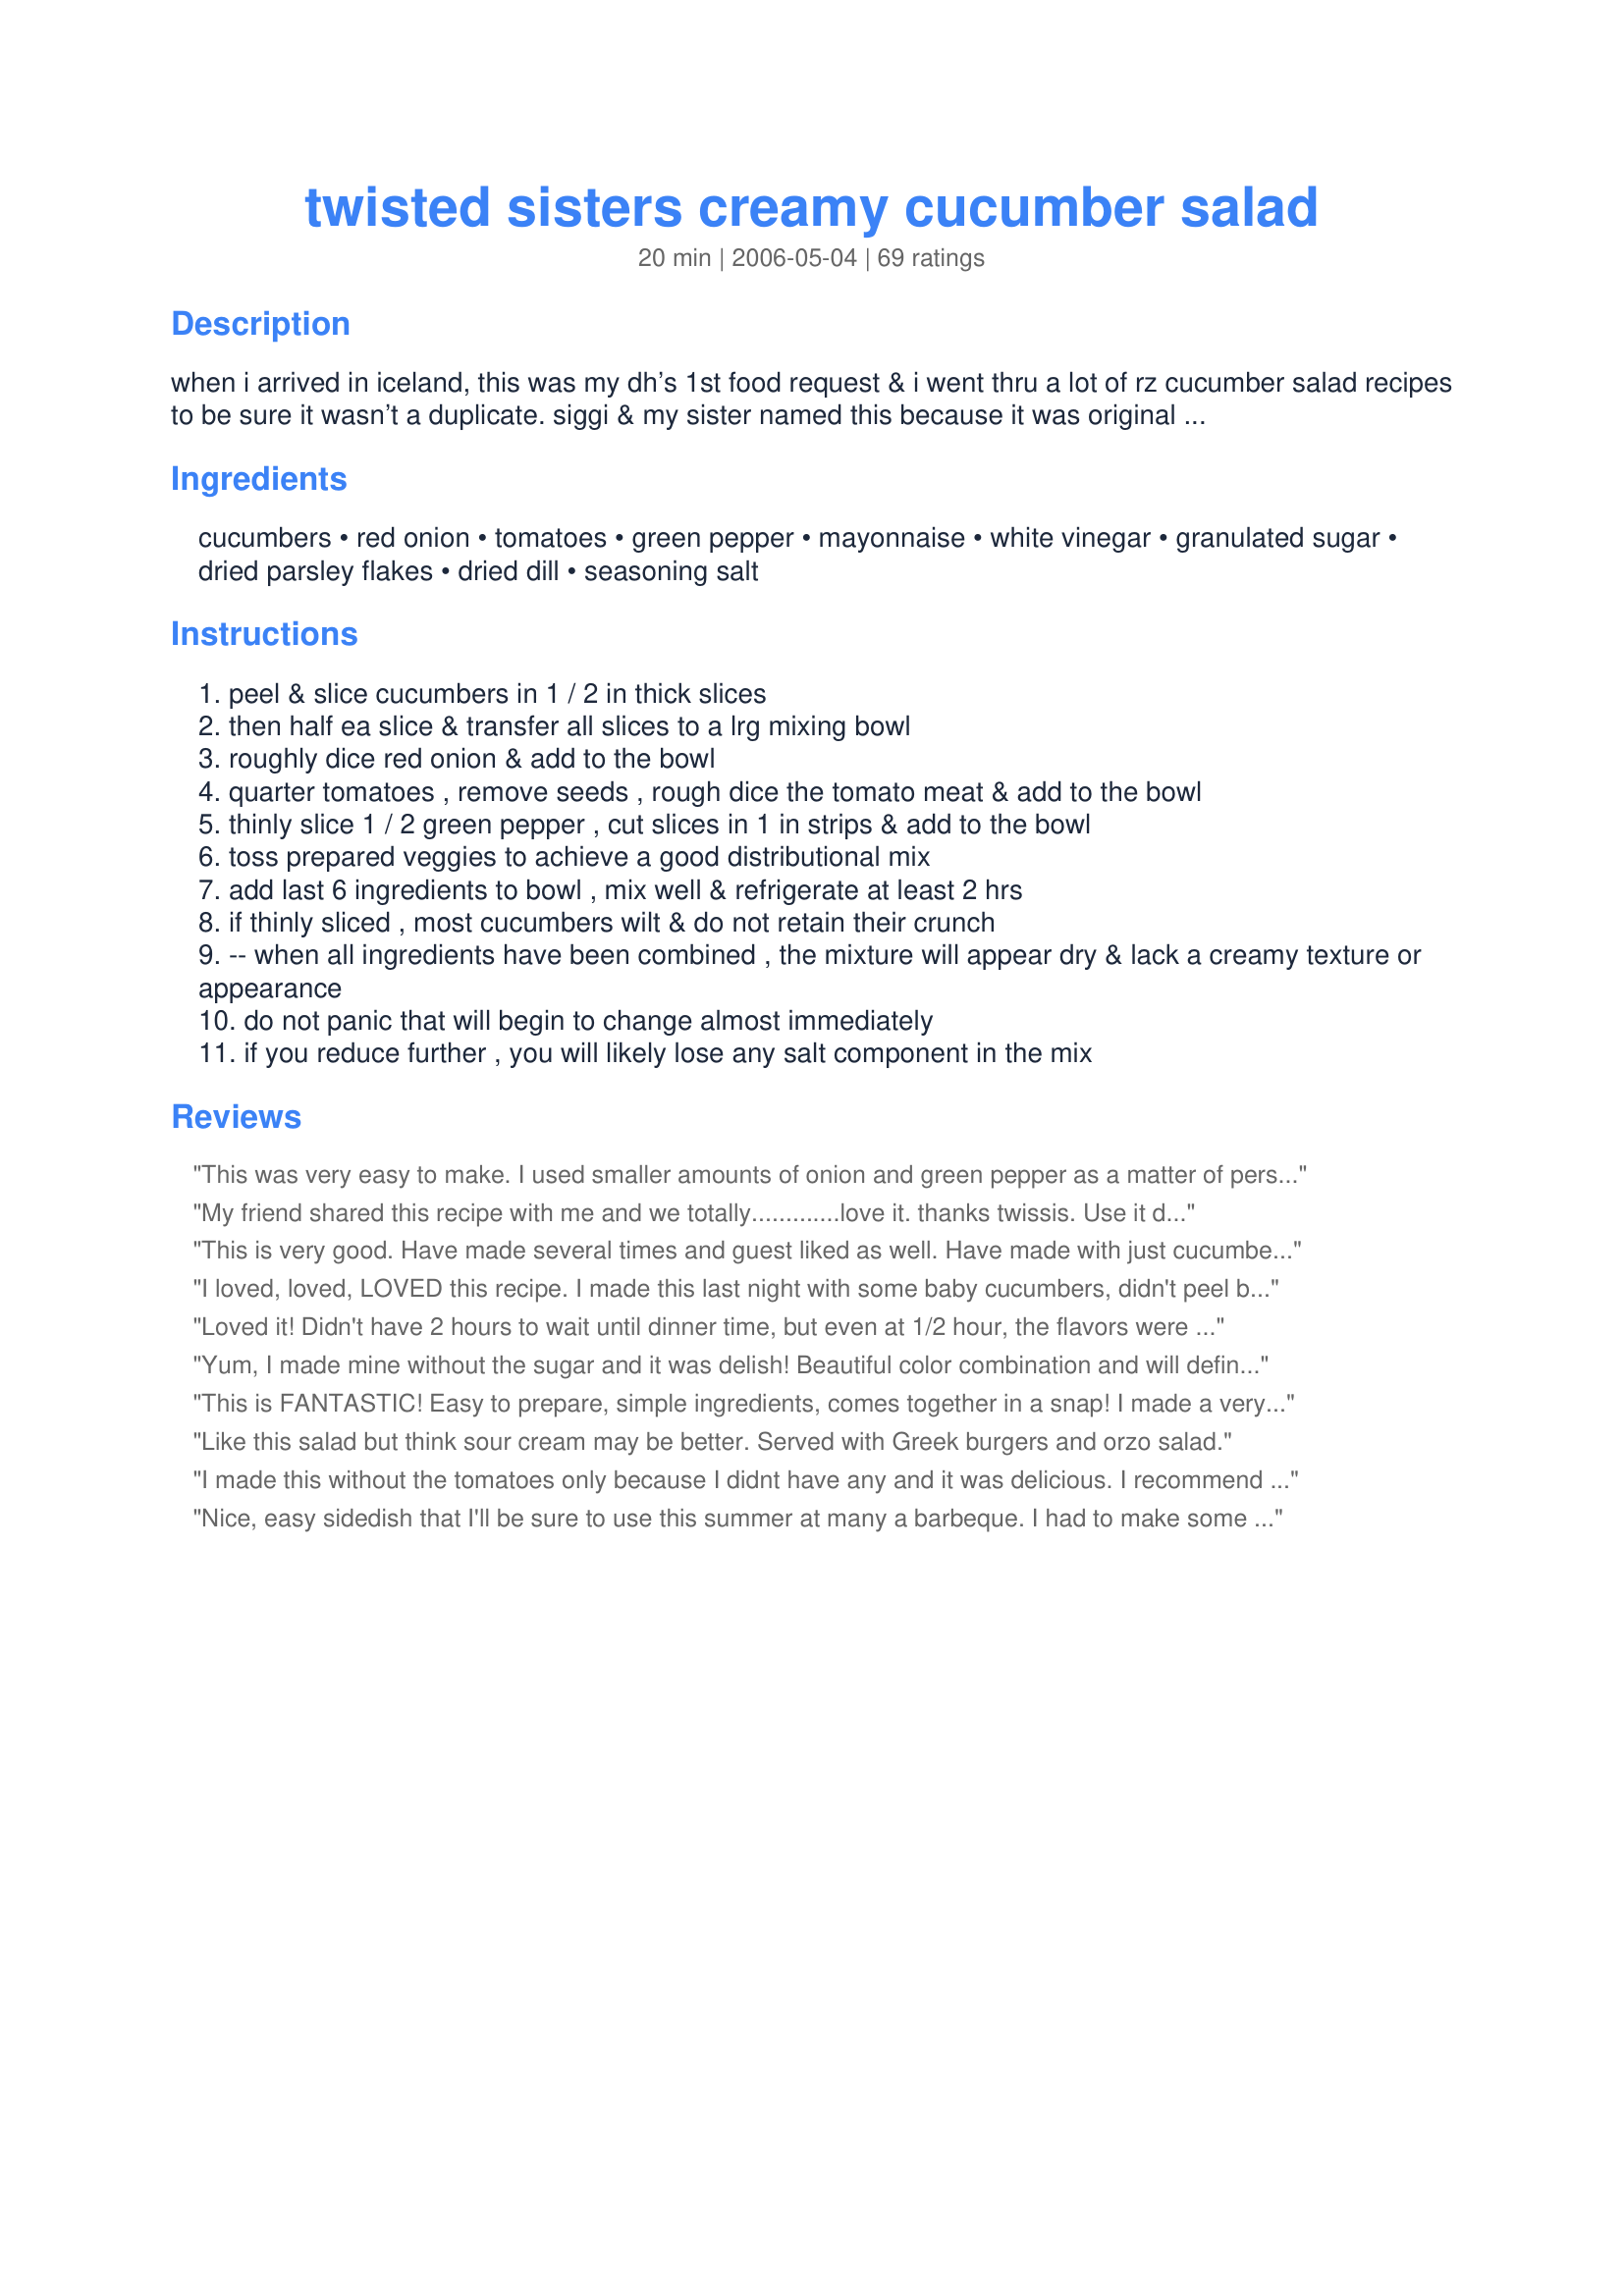
twisted sisters creamy cucumber salad
Preparation time: 20 minutes

when i arrived in iceland, this was my dh’s 1st food request & i went thru a lot of rz cucumber salad recipes to be sure it wasn’t a duplicate. siggi & my sister named this because it was original w/me & because of my twissis internet identity. for best results, don’t make this a dy ahead, but do allow at least 2 hrs for the flavors to blend & the “cream” to develop from the finished ingredient mix. i promise you’ll like this. (stated time does not include refrigeration time)

Ingredients:
cucumbers, red onion, tomatoes, green pepper, mayonnaise, white vinegar, granulated sugar, dried parsley flakes, dried dill, seasoning salt

Steps:
peel & slice cucumbers in 1 / 2 in thick slices
then half ea slice & transfer all slices to a lrg mixing bowl
roughly dice red onion & add to the bowl
quarter tomatoes , remove seeds , rough dice the tomato meat & add to the bowl
thinly slice 1 / 2 green pepper , cut slices in 1 in strips & add to the bowl
toss prepared veggies to achieve a good distributional mix
add last 6 ingredients to bowl , mix well & refrigerate at least 2 hrs
if thinly sliced , most cucumbers wilt & do not retain their crunch
-- when all ingredients have been combined , the mixture will appear dry & lack a creamy texture or appearance
do not panic that will begin to change almost immediately
if you reduce further , you will likely lose any salt component in the mix

Reviews:
This was very easy to make. I used smaller amounts of onion and green pepper as a matter of personal preference, and only half the amount of dill called for but still found it to be a little too "dilly" for my taste, so next time I will probably leave out the onion and dill altogether, and I may try this will apple cider vinegar instead of white. I agree that the salt is important, and added a little bit of celery salt in addition to my seasoning salt. Thanks!
My friend shared this recipe with me and we totally.............love it. thanks twissis. Use it during the summer for sure.
This is very good. Have made several times and guest liked as well. Have made with just cucumbers and still very tasteful. Very versatile recipe with many options-all with a super chance of being good in the end. Highly recommend.
I loved, loved, LOVED this recipe. I made this last night with some baby cucumbers, didn't peel before slicing. This is such a wonderful salad. I plan on making this again and again when our cukes are in season. Thank you so much for sharing this awesome recipe with us.
Loved it! Didn't have 2 hours to wait until dinner time, but even at 1/2 hour, the flavors were great! Thanks for posting!
Yum, I made mine without the sugar and it was delish! Beautiful color combination and will definetly make again. Thanks for the easy and refreshing summer recipe!
This is FANTASTIC! Easy to prepare, simple ingredients, comes together in a snap! I made a very small batch just to see if everyone would like it...they did. This time I added a fresh beet I pulled out of my garden this morning. Turned it a light pink, but didn't mess with the flavor much. This got a two thumbs up from DH...LOL. Thanks for sharing!
Like this salad but think sour cream may be better. Served with Greek burgers and orzo salad.
I made this without the tomatoes only because I didnt have any and it was delicious. I recommend this to those who dont want something heavy. Very good.
Nice, easy sidedish that I'll be sure to use this summer at many a barbeque. I had to make some changes though, simply due to produce that went bad before I could put together the salad: no tomato or green peppers. DH really enjoyed it and pretty much ate the entire recipe himself. Thanks for a husband pleaser Twissis!
I would also make it again without the sugar. It reminded me of a creamy gazpacho. I used fresh chopped celery leaves instead of the dried parsley flakes which I didn't have.
Yummy!I halved the recipe and used about 1 1/2 tsp. salt. I ran out of mayo so used a little Miracle Whip. Thanks!
A delightfully different way to enjoy cucumber salad. Particularly in the summer time using home grown or farmers market fresh veggies. I made a half recipe. It was bursting with flavor from the different veggies and the sauce that had a bit of a "kick". A winner.
I used fresh peppers and tomatoes from the garden. I didn't have a red onion so I substituted a sweet onion and it turned out great. DD kept picking the cucumber chunks out, so next time I may use three. This is a great summer salad that the entire family enjoyed!
Excellent salad! I served it with roasted cauliflower and pork chops - great meal. We loved the dressing and will have this again. Thanks, Carole in Orlando
This is our go-to salad recipe when we have forgotten about a party or office function or those "last minute" dinner guests! The whole family loves this recipe and it is SO EASY! You have to use really good, fresh tomatoes and cucumbers but during season, I make this all the time, sometimes just adding veggies as the salad bowl starts to run low. I usually only use a couple of tablespoons of Mayo with all the other ingredients staying the same. It just makes a "creamy" sauce within an hour! Thanks twissis for a yummy, yummy salad!!
recently I had a function to attend, took along this salad it was a hit. I had to give the recipe to everyone.
I made this using only cucumbers and garden tomatoes (personal preference). To the sauce, I also added black pepper and fresh dried celery flakes. I really enjoyed the creaminess and sweetness from this salad. Thanks for sharing the recipe. :)
Yummy Yummy! Made as directed and really enjoyed the fresh flavor of this salad. The 'sauce' thickened very nicely the longer that it marinated. Thanks for a great new favorite twissis. Congrats on your Football Week 14 win!
Love this. I make it every year when my cucumbers come in my garden. My family and friends love it too.
I found this recipe last summer, and made it a number of times. We loved it! Now that my tomatoes are getting ripe, I will start making it again with our garden cuc's. It's a fantastic way to use our garden vegetables, and a little different from the everyday cucumber salads. Thanks so much for a "keeper" recipe!
Love this recipe! I use herbs de province in place of the dill, but it's fantastic!
This salad is wonderful! My family and friends loved it! Can't wait to make this in the summer with fresh veggies from the garden! Thanks for sharing this one! Highly recommended!!
Really, really good! I omitted the green pepper and used halved grape tomatoes and light mayo. I did everything else as directed. Will definitely make this again! Thanks!
We wish we could give 4 1/2 Stars, a liitle too salty, next time we wiil cut down on salt.
This was great. I made exactly as stated except I didn't have any green pepper. I was getting tired of cucumbers in vinegar or in Miracle Whip, so this was a refreshing change. We all loved it. I didn't know if I would like the dill, but it really added a lot. Thanks so much for sharing.
I'm glad i tried this one and it will be a new favorite. i didn't have tomatoes or peppers so i tried carrots, they were alrite in the recipe but imangine it is superb with tomatoes!The seasonings are perfectly balanced!
If I was on a desert island, this would be one of the foods I would have to have. The creamy dressing is perfect, and the red onion adds a nice touch. I say bring on the salt, so I used 2 teaspoons like I believe the original recipe called for. This is my new favorite cucumber and tomato recipe (instead of the usual one mixed with Italian-style dressing, which I always added sugar to anyways like this recipe does).
Made this for a dinner party and it was fantastic. I prepared all of the ingredients early in the day but did not dress it until 2 hours before the dinner. My dressing was runnier than I expected even prior to sitting with cucumbers. I wasn't sure if the cukes were supposed to be seeded, but I did so. I soaked the red onion in ice water for about 15 minutes to take some of the bite out. Loved it! 2 days later and the veggies are still crunchy, although it is true that it does get soupy.
Wow! I needed a recipe to use up the tomatoes and cucumbers out of my garden, and this one sounded great. Well, let me tell you, it tastes even better! I have printed it off AND emailed it to all my friends who have gardens. :) I made it as the recipe stated and we have a keeper! Thanks for the amazing summer salad recipe!
Wow!!! We absolutely loved it! I made ethe full recipe even though there are only 2 of us. It was so good that I ate it every day for lunch until it was gone!!!

We will hve this over and over again; it's a great low fat side dish with tons of flavor!

Thanks for the great recipe!!!
Wow, this was great. We used Mrs. Dash instead of the seasoning salt, otherwise this was perfect. If it doesn't get eaten the first time (not likely!) it does last a couple of days in the frig. Thank you for such a cool dish on such a hot day!
Delish and creamy. I used light mayo, roasted red peppers in place of the green pepper, 1/2 the sugar and skipped the salt!
Very unique blend of spices that make this a real keeper. We lived on this recipe all summer, using our huge crop of cukes. Thanks for sharing a real keeper. Update.. here it is jan.2009 and this is still one of our family favorites. I can hardly wait for cucumber time.
My family loved this recipe. I sliced the cucumbers and onions very thin and seeded the tomatoes and diced. I didn't have any green pepper so I left it out. I used balsamic vineger because I didn't have any white vinegar and I used 1 tablespoon of sugar because I don't like really sweet foods. Next time I will use 2 teaspoons seasoning salt, I didn't find it salty at all. I like my cuke salad to be on the "soggy" side, to me it tastes just as good or as in this salad "awesome". I mentioned to my son that I bet this would be great on a hamburger and he agreed. I will definately make this again and again and will try this on a burger the next time I make burgers. Thanks so much for posting.....Debbie
Wonderful flavor! This recipe is so much more exciting than the basic vinegary cucumber salad. The sauce ingredients seemed similar to broccoli salad, but it doesn't taste the same at all. The sauce is delicious, but after 5 hours it was way too much sauce, and quite runny. Same the next day. I might cut the sauce ingredients in half next time. 1 tsp of seasoned salt seemed just right; also I use less tomato and more (red) pepper for our tastes.
My seasoning salt must be an extremely salty variety as I added only 1/2 the stated amount and it was too much for my taste. Instead of the tomato, I added another small cucumber. I also used fresh parsley. Next time I will start with less seasoning salt because I think the other flavors in this salad are very good. (Edited to add: I added another small cucumber the next day and thought this salad was even better so added another star!)
Soooo good!!! Really thought it was going to be a little too sweet for me but I loved it!! I used Seasoned Rice Wine Vinegar in place of the white and it was delicious! Thanks so much for posting!
I really like this! It's a very pretty salad, and very easy to make! Also...very tasty! I used a bit of fresh dill and filled in the rest with dried - otherwise followed it to a "t!" Thank you for a good one! I'll plan to take a pic, too!
Thank you! This is so good. My mom used to make this only she didn't have a recipe, just threw stuff together. My attempts to do the same haven't turned out so well but this recipe gave just the result I wanted. It does get "soupy" after being refrigerated for awhile but it's still really good and the leftover liquid is really good on lettuce. Or, um, you could just eat it by the spoonful if you're me...:-o
Made this up to go with our dinner tonight using the vegetables from my garden. Really enjoyed the mixture of the vegetables, and the creamy dressing truely makes for a wonderful salad. Thank you for sharing this recipe with us.
Super duper! 
I will definitely make this again. Second time around I used a little less red onion than the recipe called for. I also used a German dill seasoning packet made for cucumber salads that I found at a German market. 
Thank you!!!
Surprisingly good. My sometimes picky extended family really liked this one. I will making this all summer long.
Holy cow! Awesome recipe! I added a couple of spoonfuls of sour cream to this salad too! Sooooo good!
Thank you for posting it.
huuuuuuuuuummmm miam miam
We totally enjoyed this salad. I used what I had on hand and it survived a Vidala onion in place of red onion, Miracle Whip in place of mayo, and yellow squash instead of green peppers. You have to love a recipe that has such good bones that you can add what you like or take away what you don't and have the finished product turn out so well. Thanks!
Yes!!!!!!!!!!!!Yum!!!!!!!This was really, really good. Neighbor agreed, I had to share and show it off. Unlike most I make as the recipe states and do not substitute. How do you know its good if you do not make it as listed? I don't understand. I absolutely loved this.
I used the first four small cucumbers out of my garden for this recipe. It had a pretty good flavor, but was way too soupy. It was also too sweet for our tastes.
Salad was WONDERFUL. I didn't have green pepper but the yellow, orange, and red worked well. Lots of sauce, but will just add more veggies for bigger crowds or half dressing for smaller. I only used 1/2 teaspoon of the seasoned salt and when I first tasted it was salty, but after the time in the fridge it was just right.
Total winner! My BF requested a creamy cucumber salad for a side dish one night. I found this and it was perfect! Just what he wanted. The only changes I made were to use grape tomatoes cut in half (because that's what I had on hand) and less green pepper (or in my case yellow) because I thought I had more in the fridge, but I didn't. Superb!! Also, the mayo I used was the new Olive Oil mayo. Highly recommended.
Loved it! I took it to a potluck last night, and everyone there loved it, too. Most people had a small serving, and then reached for the spectacular main course to fill their plates ... but for the rest of the night, I kept hearing people say, "Would you pass me the cucumber salad"? The hostess even had thirds, and kept looking up and saying with surprise, "This is really good!" I can see why you advise not to make it a day ahead. I made it at 3:00, and by the time we took home the very small leftovers at 9:00 p.m., it was pretty soupy ... but it tastes so good that I didn't care, and the cucumbers and onion did retain their crunch. I made it with Hellman's reduced fat mayo, and white balsamic vinegar. This is absolutely a keeper -- thanks for posting!
Made this yesterday to go with recipe #106759 & recipe #218059,it was really nice. I wasn't too fussed with the measurements I just added as much of the listed ingredients as I thought necessary but used basil as I didn't have any dill. This one I will make again! Thanks!
If I could give this recipe more than 5 stars I would. It is absolutely wonderful. I have made this several times now and it has become a very quick favorite. The green pepper is a nice edition. We are not usually fans of dill but it is great in this recipe. Thank you for sharing.
Excellent flavor! Used Greek yogurt instead of mayo and it was still very tasty. A little watery but I ate it with a spoon and it was prefect.
This was really great!! I took this to a barbecue and everyone loved it. I left out the green pepper (we can't eat them), and used 2 and half tblspns of splenda instead of sugar, and it worked really well. Thanks for posting!!
My sisters and I are rather twisted, so this salad seemed perfect. I used four lebanese cucumbers (long, skinny and seedless), so didn't bother to peel or de-seed them. Followed everything else, using Recipe #207860. Delicious recipe -- the balance of flavours is perfect (although I used only 3 tablespoons of sugar). The salt is important.
This was too sweet. I cut the sugar down to 3 tbsp, but still just ok. I am going to add more cucumbers tonight, and try again tomorrow. I liked the sauce on my broiled potatoes better.
I have made this a couple times now and have gotten great compliments! I love it especially now that I have fresh vegies from my garden. I wonder if corn off the cob added would be good? I may try it! Thanks for the recipe!
This salad is so yummy. I buy a lot of tomatoes and cucumber at costco so I&#039;m glad to find great recipes to use them. Yours is a great one that I&#039;ll be doing often this summer. I used red bell pepper. The taste is so good. Great blend of flavors. I like the little sweetness. Thanks Twissis :) Made for Photo tag game
Very refreshing! Yummy any season salad! I made just as written, but when everything came together I felt like it was a bit too mayonnaisey for my taste. I threw in a chopped zucchini and two more tomatoes to stretch it out. So, if you'd rather it not be so creamy I would recommend having a few extra veggies on hand. You could really throw in just about anything. Took it to a potluck and it dissappeared fast! Will make again. Thanks for posting!
Yum! This is the first salad I ever ate with a spoon...just to get as much dressing I could in every bite. I actually liked the sweetness, as it was a nice change from my usual tart cucumber salad. Thank you for a great recipe, twissis. It went directly into my best of Zaar hard copy cookbook.
Loved this salad!!! I used light miracle whip. I also used a very small amount of salt and decresed the sugar a tiny bit as well. I loved the addition of the tomatoes to this salad which you don't ususally see in cucumber salads. It gave it a very refreshingly different taste. Thanks for a great recipe!!
This was really good! I cut everything in half and it worked well except that it never really got creamy. It was still really tasty though after marinating for a couple hours. I will definitely make this again. Thanks Twissis!
Well I can see why your DH is a happy man. Another winner here, twissis. One of my all time favorite vegetable is the little humble cucumber. I don't know why it should be humble, but alas it is. This brings the cucumber to the *boss* of the bus, where by it's very notion drives the flavor by the cucumbers subtle but crunchiness taste. Your suggestions worked out perfectly, you are absolutely right, the bigger the cucumber slices the cruncher they stay. I mixed the "sauce" and it was a perfect consistency. I used little cherry tomatoes and my garden sweet onion instead of a red onion, but stayed absolutely true to the wonderful recipe that makes men, women, and children happy. Thanks twissis! Made for *SSC Pet Parade* July 2008.
I took this to my mother-n-laws for Thanksgiving - they loved it!! I used less sugar though. Great fresh recipe.
The best cucumber salad I've ever tasted! I used fresh parsley & dill plus 1 packet of Splenda for the sugar. It was perfection! The creamy dressing would taste great on any salad! Thanks, MP!
Seriously the best cucumber salad I have ever had! I made it exactly as stated the first time, but the second time I started to make a different recipe which used sour cream and changed my mind to this one. I left the sour cream and added the rest of mayo. It didn't make too much of a difference. I use red bell pepper because it's sweeter and prettier. I also added some chives from the garden and forgot the seasoning salt...still good. It's hard to mess this one up! I was a little afraid of the amount of sugar, but it is an amazing dressing! Thanks.
I used a sweet onion and left out the green pepper. The salad turned out super. Can't wait to make it in the summer, bet it's very refreshing on a hot day! Thanks for the great recipe. Made for football pool Week 14.
Amazing cucumber salad! I love the addition of tomatoes and green pepper and the dressing was so good. I did omit the seasoning salt and this was still a great tasting salad!
